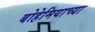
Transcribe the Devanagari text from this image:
बोहेमियाच्या